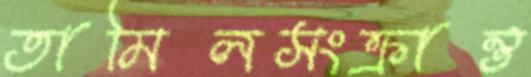
তামিলসংক্রান্ত